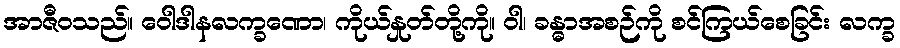
အာဇီဝသည်။ ဝေါဒါနလက္ခဏော၊ ကိုယ်နှုတ်တို့ကို။ ဝါ၊ ခန္ဓာအစဉ်ကို စင်ကြယ်စေခြင်း လက္ခ